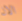
الان